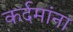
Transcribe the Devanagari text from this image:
कर्दमांना